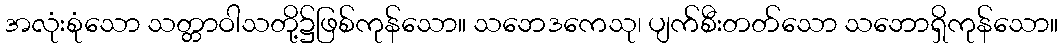
အလုံးစုံသော သတ္တာဝါသတို့၌ဖြစ်ကုန်သော။ သဘေဒကေသု၊ ပျက်စီးတတ်သော သဘောရှိကုန်သော။